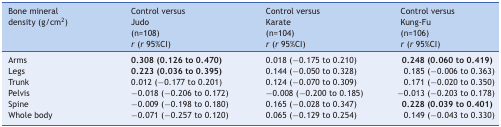
| Bone mineral density (g/cm2) | Control versus Judo(n=108) | Control versus Karate(n=104) | Control versus Kung-Fu(n=106) |
 |  | r(r95%CI) | r(r95%CI) | r(r95%CI) |
 | --- | --- | --- | --- |
 | Arms | 0.308 (0.126 to 0.470) | 0.018 (-0.175 to 0.210) | 0.248 (0.060 to 0.419) |
 | Legs | 0.223 (0.036 to 0.395) | 0.144 (-0.050 to 0.328) | 0.185 (-0.006 to 0.363) |
 | Trunk | 0.012 (-0.177 to 0.201) | 0.124 (-0.070 to 0.309) | 0.171 (-0.020 to 0.350) |
 | Pelvis | -0.018 (-0.206 to 0.172) | -0.008 (-0.200 to 0.185) | -0.013 (-0.203 to 0.178) |
 | Spine | -0.009 (-0.198 to 0.180) | 0.165 (-0.028 to 0.347) | 0.228 (0.039 to 0.401) |
 | Whole body | -0.071 (-0.257 to 0.120) | 0.065 (-0.129 to 0.254) | 0.149 (-0.043 to 0.330) |